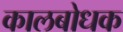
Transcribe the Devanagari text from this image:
कालबोधक